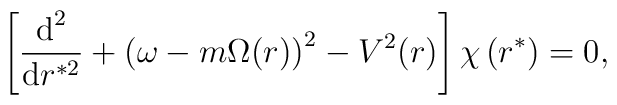
\left[ \frac{\mbox{d}^{2}}{\mbox{d} r^{* 2}}+ \left(\omega -  m \Omega (r) \right)^2- V^2(r)  \right]   \chi  \left( r^* \right) = 0  ,